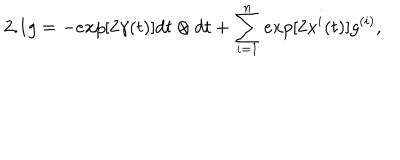
2 . 1 g = - e x p [ 2 { \gamma } ( t ) ] d t \otimes d t + \sum _ { i = 1 } ^ { n } e x p [ 2 { x ^ { i } } ( t ) ] g ^ { ( i ) } ,